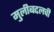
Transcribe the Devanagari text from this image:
मुलीबद्दलची